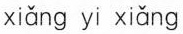
xiǎng yi xiǎng